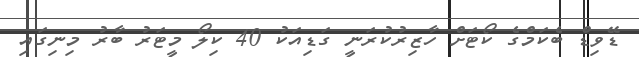
ޑޭވިޑް ބެކަމްގެ ކޯޓަށް ހާޒިރުކުރަނީ ގަޑިއަކު 40 ކިލޯ މީޓަރު ބާރު މިނިގައި